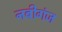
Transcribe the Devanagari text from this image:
नबीगंज